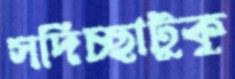
সদিচ্ছাটুকু